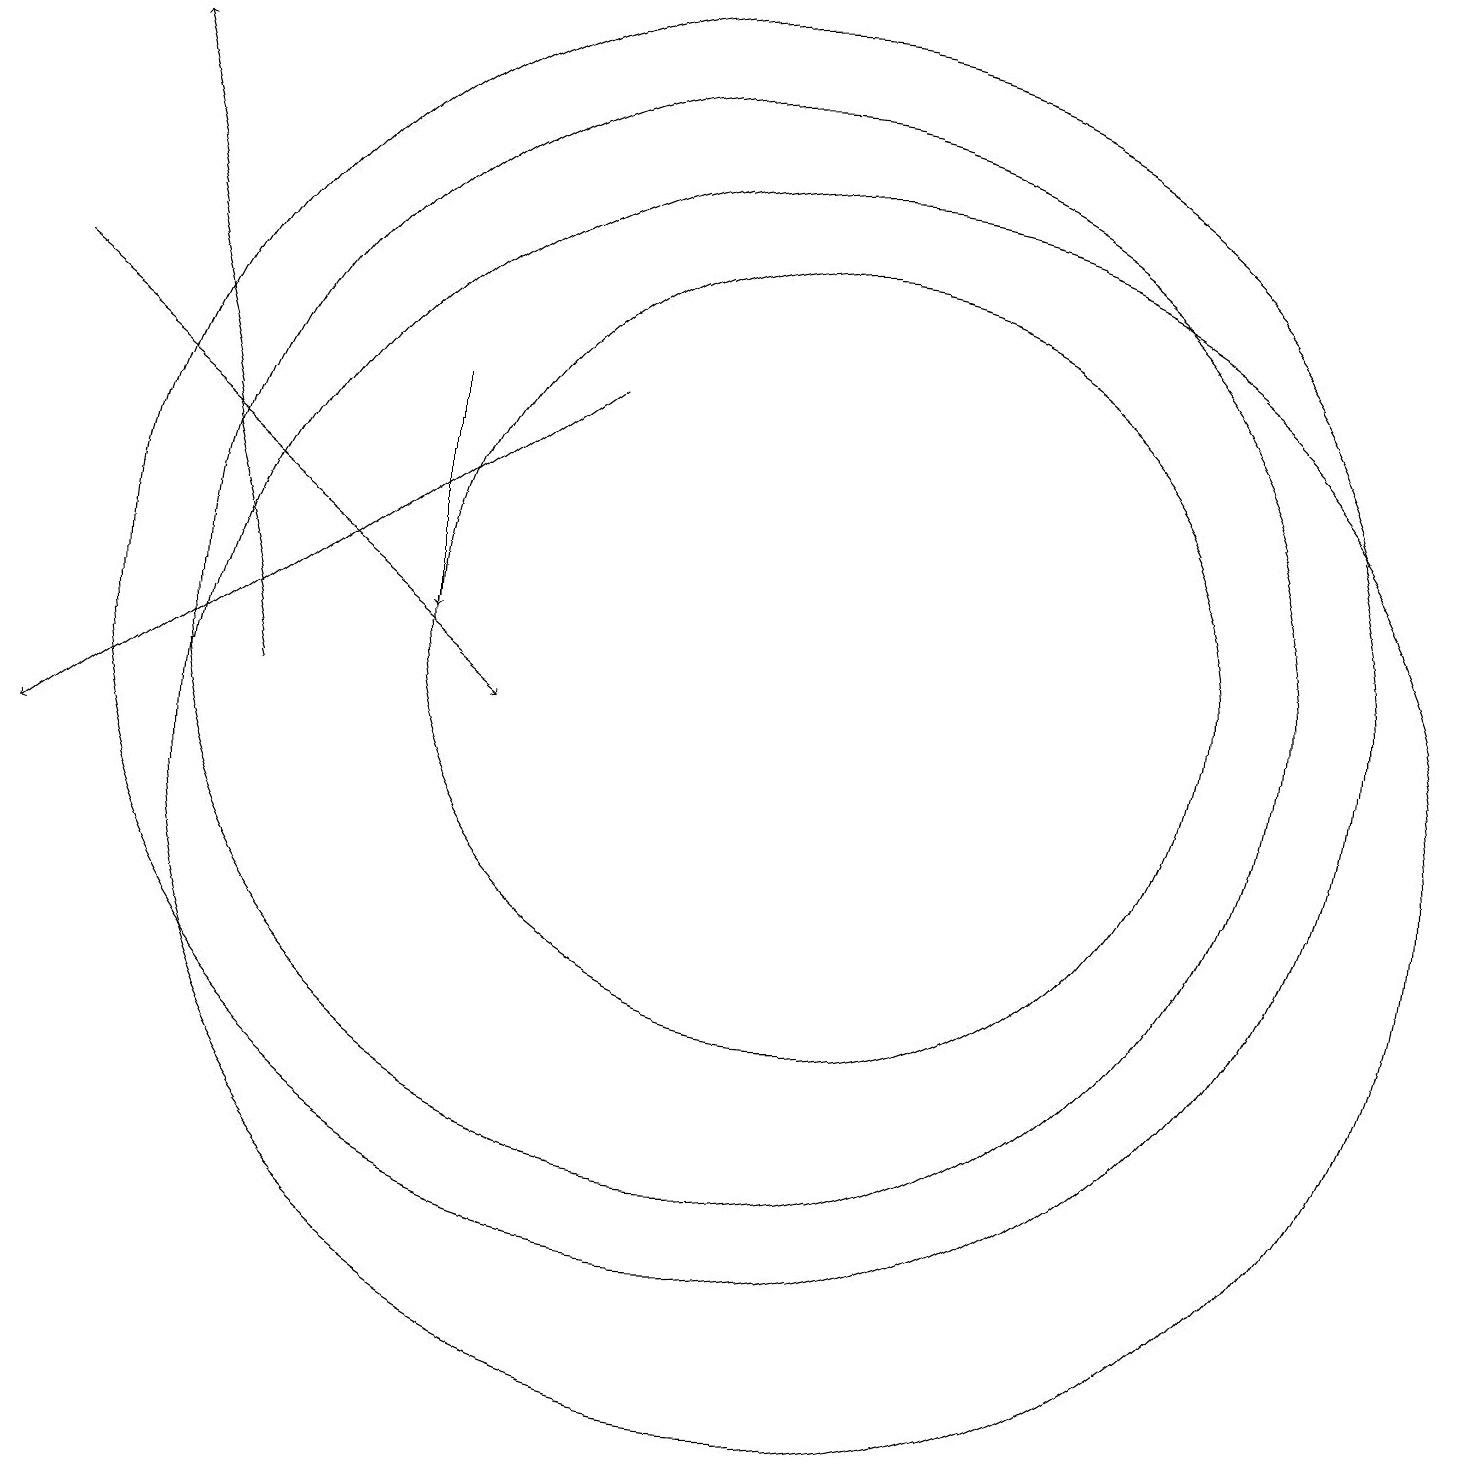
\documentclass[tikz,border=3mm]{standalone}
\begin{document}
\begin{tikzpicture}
\draw[->] (1,16) -- (7,11);
\draw (10,12) circle (7);
\draw[->] (6,15) -- (6,12);
\draw[->] (4,11) -- (2,19);
\draw (11,10) circle (8);
\draw (11,12) circle (5);
\draw[->] (8,15) -- (1,10);
\draw (10,12) circle (8);
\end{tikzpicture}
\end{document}